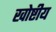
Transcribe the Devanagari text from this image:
खोष्टीय